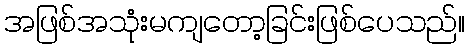
အဖြစ်အသုံးမကျတော့ခြင်းဖြစ်ပေသည်။